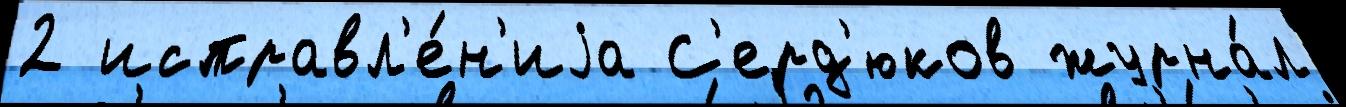
2 исправл'е́н'иjа С'ерд'юков журна́л